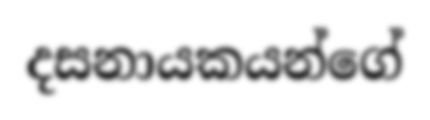
දසනායකයන්ගේ